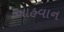
આહવાન